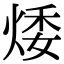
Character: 𤉦